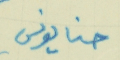
حنا يونس